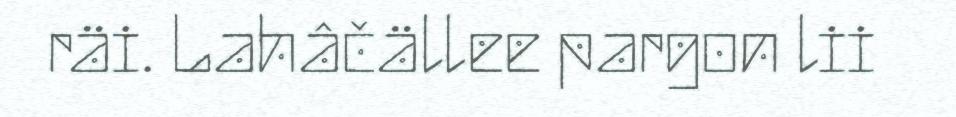
räi. Lahâčällee pargon lii